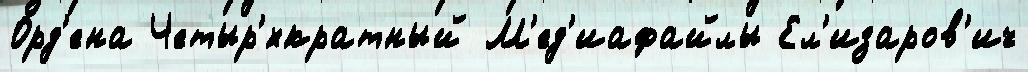
Орд'ена Четыр'́хкратный М'ед'иафайлы Ел'изаров'ич